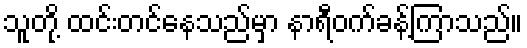
သူတို့ ထင်းတင်နေသည်မှာ နာရီဝက်ခန့်ကြာသည်။